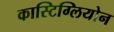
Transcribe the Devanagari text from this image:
कास्टिग्लियोन